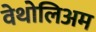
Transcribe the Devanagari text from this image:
वेथोलिअम